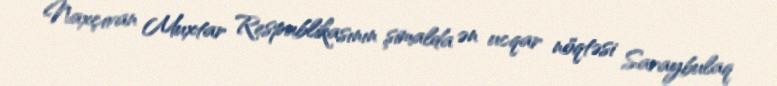
Naxçıvan Muxtar Respublikasının şimalda ən ucqar nöqtəsi Saraybulaq